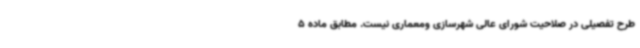
طرح تفصیلی در صلاحیت شورای عالی شهرسازی ومعماری نیست. مطابق ماده 5